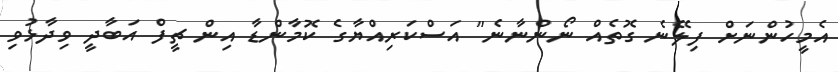
އެމީހުންނަށް ފިލޭނެ ގޮތެއް ނޯންނާނެ" އަސްކަރިއްޔާގެ ކޮމާންޑާ އިން ޗީފް އަބާދީ ވިދާޅުވި